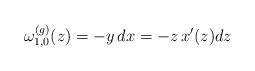
LaTeX: \begin{align*}\omega^{(g)}_{1,0}(z)=-y\,dx=-z\,x'(z)dz\end{align*}